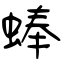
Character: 蜯